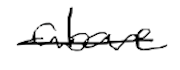
Text: above
Cross-out: single-line
Writing tool: digital_black